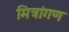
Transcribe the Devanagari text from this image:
मित्रांगण